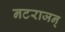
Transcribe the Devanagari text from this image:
नटराजन्‌